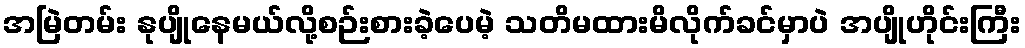
အမြဲတမ်း နုပျိုနေမယ်လို့စဉ်းစားခဲ့ပေမဲ့ သတိမထားမိလိုက်ခင်မှာပဲ အပျိုဟိုင်းကြီး